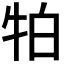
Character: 𭷛